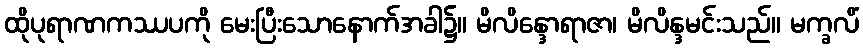
ထိုပုရာဏကဿပကို မေးပြီးသောနောက်အခါ၌။ မိလိန္ဒောရာဇာ၊ မိလိန္ဒမင်းသည်။ မက္ခလိံ